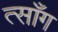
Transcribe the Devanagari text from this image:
त्साँग